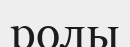
ролы